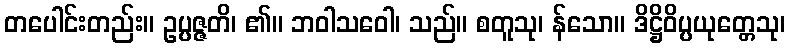
တပေါင်းတည်း။ ဥပ္ပဇ္ဇတိ၊ ၏။ ဘဝါသဝေါ၊ သည်။ စတူသု၊ န်သော။ ဒိဋ္ဌိဝိပ္ပယုတ္တေသု၊